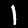
Label: 1